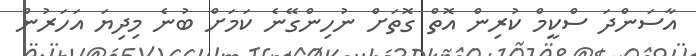
އާސަންދަ ސްކީމް ކުރިން އޮތް ގޮތަށް ނުހިންގޭނެ ކަމަށް ބުނެ މިދިޔަ އަހަރުން